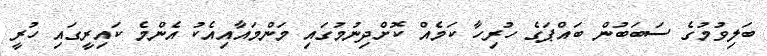
ބަލިވުމުގެ ސަބަބުން ބައްޕަގެ ހުރިހާ ކަމެއް ކޮށްދިނުމުގައި މަންމައާއިއެކު އެންމެ ކައިރީގައި ހުރީ